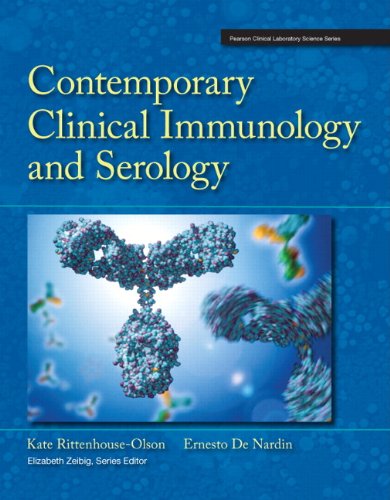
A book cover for Contemporary Clinical Immunology and Serology (Pearson Clinical Laboratory Science); Kate Rittenhouse-Olson; Medical Books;